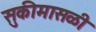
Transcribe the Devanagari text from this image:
सुकीमासळी